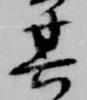
其